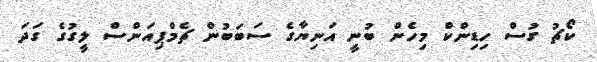
ކޯޗު ގުސް ހިޑިންކް މިހެން ބުނީ އަނިޔާގެ ސަބަބުން ޗެމްޕިއަންސް ލީގުގެ ގަދަ